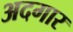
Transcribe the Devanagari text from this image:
अदगार